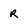
Character: R